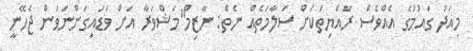
މިއަދު ގައުމުގެ އެއްވެސް ރައްޔިތަކަށް ސަލާމަތެއް ނެތް: ނާޒިމް"މަޝްވަރާ އަށް ވަޑައިގަންނަވަން ޖެހޭނީ